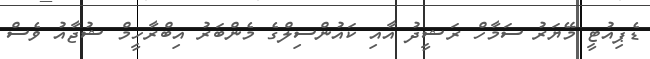
ޑެޕިއުޓީ މޭޔަރު ސަމާހް ރަޝީދު އާއި ކައުންސިލްގެ މެންބަރު އިބްރާހީމް ޝުޖާއު ވެސް